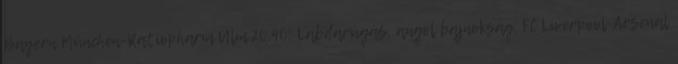
Bayern München-Ratiopharm Ulm 20.40: Labdarúgás, angol bajnokság, FC Liverpool-Arsenal